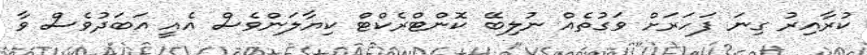
ކުރާއިރު ގިނަ ފަހަރަށް ވަގުތެއް ނުލިބޭ ކޮންޓްރެކްޓް ކިޔާލަންވެސް އެއީ އަބަދުވެސް ވާ